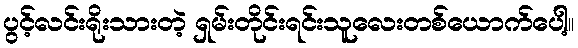
ပွင့်လင်းရိုးသားတဲ့ ရှမ်းတိုင်းရင်းသူလေးတစ်ယောက်ပေါ့။